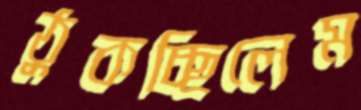
ঠুকচ্ছিলেম